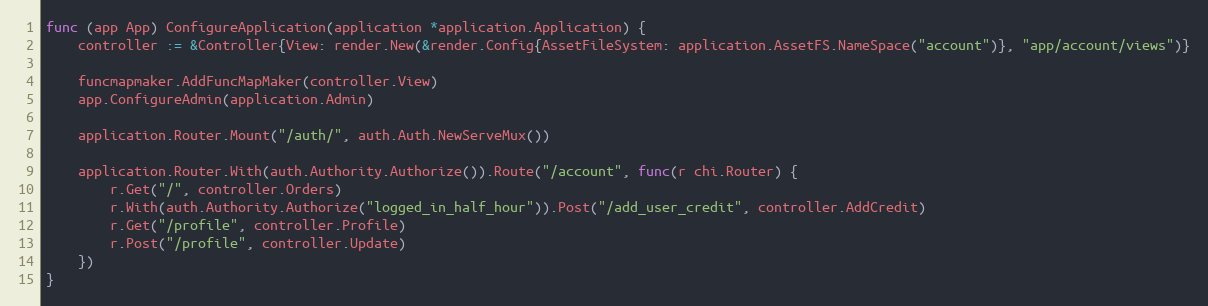
Language: Go
func (app App) ConfigureApplication(application *application.Application) {
	controller := &Controller{View: render.New(&render.Config{AssetFileSystem: application.AssetFS.NameSpace("account")}, "app/account/views")}

	funcmapmaker.AddFuncMapMaker(controller.View)
	app.ConfigureAdmin(application.Admin)

	application.Router.Mount("/auth/", auth.Auth.NewServeMux())

	application.Router.With(auth.Authority.Authorize()).Route("/account", func(r chi.Router) {
		r.Get("/", controller.Orders)
		r.With(auth.Authority.Authorize("logged_in_half_hour")).Post("/add_user_credit", controller.AddCredit)
		r.Get("/profile", controller.Profile)
		r.Post("/profile", controller.Update)
	})
}